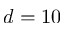
d = 1 0